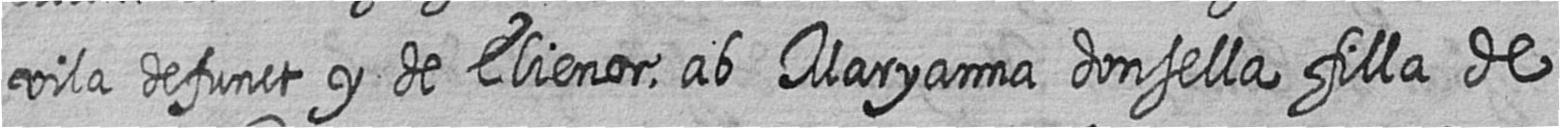
vila defunct y de Elienor ab Maryanna donsella filla de